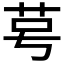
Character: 𫇯